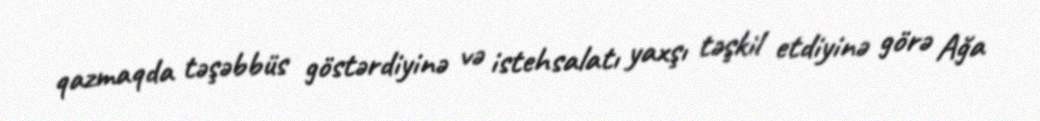
qazmaqda təşəbbüs göstərdiyinə və istehsalatı yaxşı təşkil etdiyinə görə Ağa